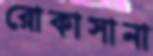
রোকাসানা